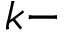
k -